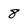
Character: 8